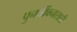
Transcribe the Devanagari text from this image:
पुनर्जीवनासाठी